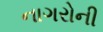
નાગરોની